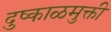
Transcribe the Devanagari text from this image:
दुष्काळमुक्ती